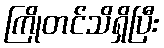
ကြိုတင်သိရှိပြီး